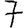
Digit: 7